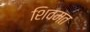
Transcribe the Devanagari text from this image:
शिवमत